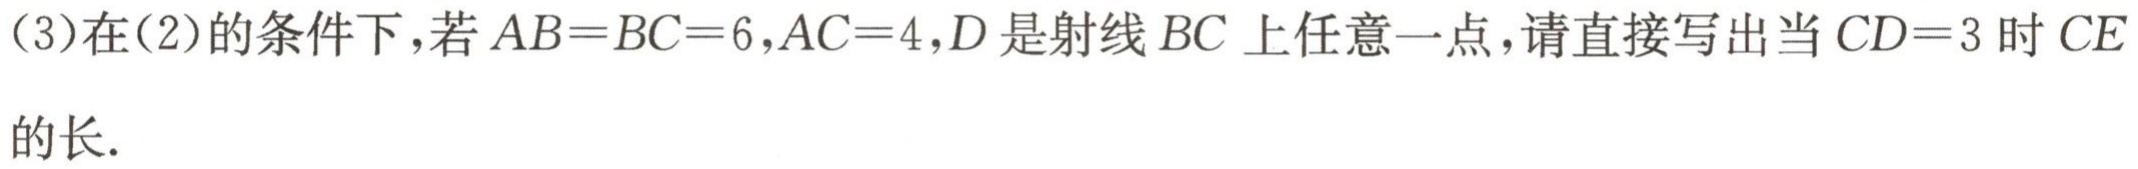
(3)在(2)的条件下，若\(AB = BC = 6\)，\(AC = 4\)，\(D\)是射线\(BC\)上任意一点，请直接写出当\(CD = 3\)时\(CE\)的长.